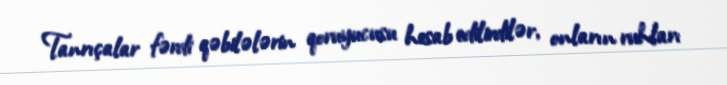
Tanrıçalar fərdi qəbilələrin qoruyucusu hesab edilirdilər, onların ruhları